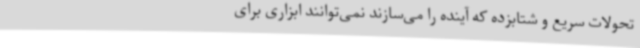
تحولات سریع و شتابزده که آینده را می‌سازند نمی‌توانند ابزاری برای